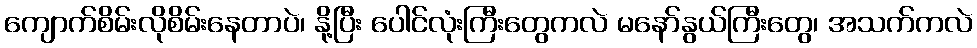
ကျောက်စိမ်းလိုစိမ်းနေတာပဲ၊ နို့ပြီး ပေါင်လုံးကြီးတွေကလဲ မနော်နွယ်ကြီးတွေ၊ အသက်ကလဲ